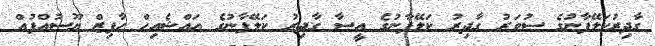
ގާދިރުކަލޭފާނުގެ ސުވަރު ގާދިރު ކަލޭފާނުގެ އީސާ ގާދިރު ކަލޭފާނުގެ އައްޝެއިހް ހާފިޒް ޔޫސުއްފުއް